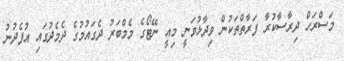
މަސްރަހް ދިރާސާކުރާ ފަރާތްތަކުން ވިދާޅުވަނީ މިއީ ނޭޓޯގެ މެމްބަރު ދެގައުމުގެ ދެމެދުގައި އުފެދުނު